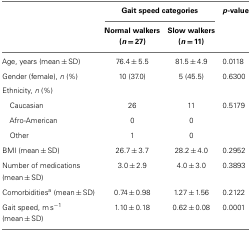
|  | <COLSPAN=2> Gait speed categories | p-value |
 |  | Normal walkers(n = 27) | Slow walkers(n = 11) |  |
 | --- | --- | --- | --- |
 | Age, years (mean ± SD) | 76.4 ± 5.5 | 81.5 ± 4.9 | 0.0118 |
 | Gender (female), n (%) | 10 (37.0) | 5 (45.5) | 0.6300 |
 | <COLSPAN=4> Ethnicity, n (%) |
 | Caucasian | 26 | 11 | 0.5179 |
 | Afro-American | 0 | 0 |  |
 | Other | 1 | 0 |  |
 | BMI (mean ± SD) | 26.7 ± 3.7 | 28.2 ± 4.0 | 0.2952 |
 | Number of medications (mean ± SD) | 3.0 ± 2.9 | 4.0 ± 3.0 | 0.3893 |
 | Comorbiditiesa (mean ± SD) | 0.74 ± 0.98 | 1.27 ± 1.56 | 0.2122 |
 | Gait speed, m s−1 (mean ± SD) | 1.10 ± 0.18 | 0.62 ± 0.08 | 0.0001 |